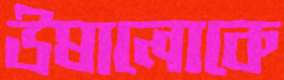
উষালোকে